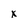
Character: x